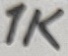
Text: 1K